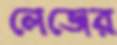
লেজের